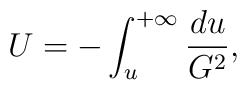
U = - \int_u^{+\infty} \frac{du}{G^2},